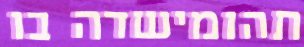
תהומישדה בו